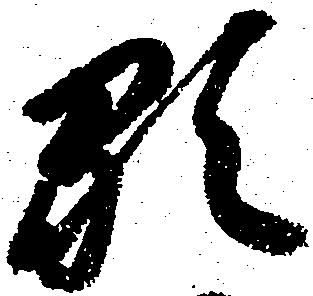
顕